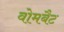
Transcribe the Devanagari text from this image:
वोमबैट